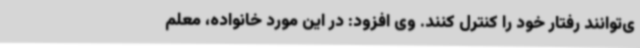
ی‌توانند رفتار خود را کنترل کنند. وی افزود: در این مورد خانواده، معلم